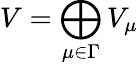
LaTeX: V=\bigoplus_{\mu\in\Gamma}V_{\mu}